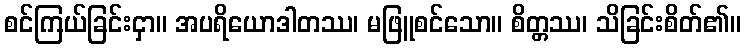
စင်ကြယ်ခြင်းငှာ။ အပရိယောဒါတဿ၊ မဖြူစင်သော။ စိတ္တဿ၊ သိခြင်းစိတ်၏။